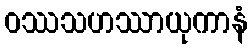
ဝဿသဟဿာယုကာနံ